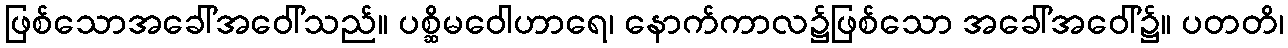
ဖြစ်သောအခေါ်အဝေါ်သည်။ ပစ္ဆိမဝေါဟာရေ၊ နောက်ကာလ၌ဖြစ်သော အခေါ်အဝေါ်၌။ ပတတိ၊